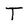
Character: T